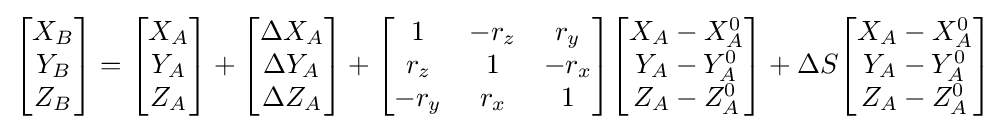
{\begin{bmatrix}X_{B}\\Y_{B}\\Z_{B}\end{bmatrix}}={\begin{bmatrix}X_{A}\\Y_{A}\\Z_{A}\end{bmatrix}}+{\begin{bmatrix}\Delta X_{A}\\\Delta Y_{A}\\\Delta Z_{A}\end{bmatrix}}+{\begin{bmatrix}1&-r_{z}&r_{y}\\r_{z}&1&-r_{x}\\-r_{y}&r_{x}&1\end{bmatrix}}{\begin{bmatrix}X_{A}-X_{A}^{0}\\Y_{A}-Y_{A}^{0}\\Z_{A}-Z_{A}^{0}\end{bmatrix}}+\Delta S{\begin{bmatrix}X_{A}-X_{A}^{0}\\Y_{A}-Y_{A}^{0}\\Z_{A}-Z_{A}^{0}\end{bmatrix}}